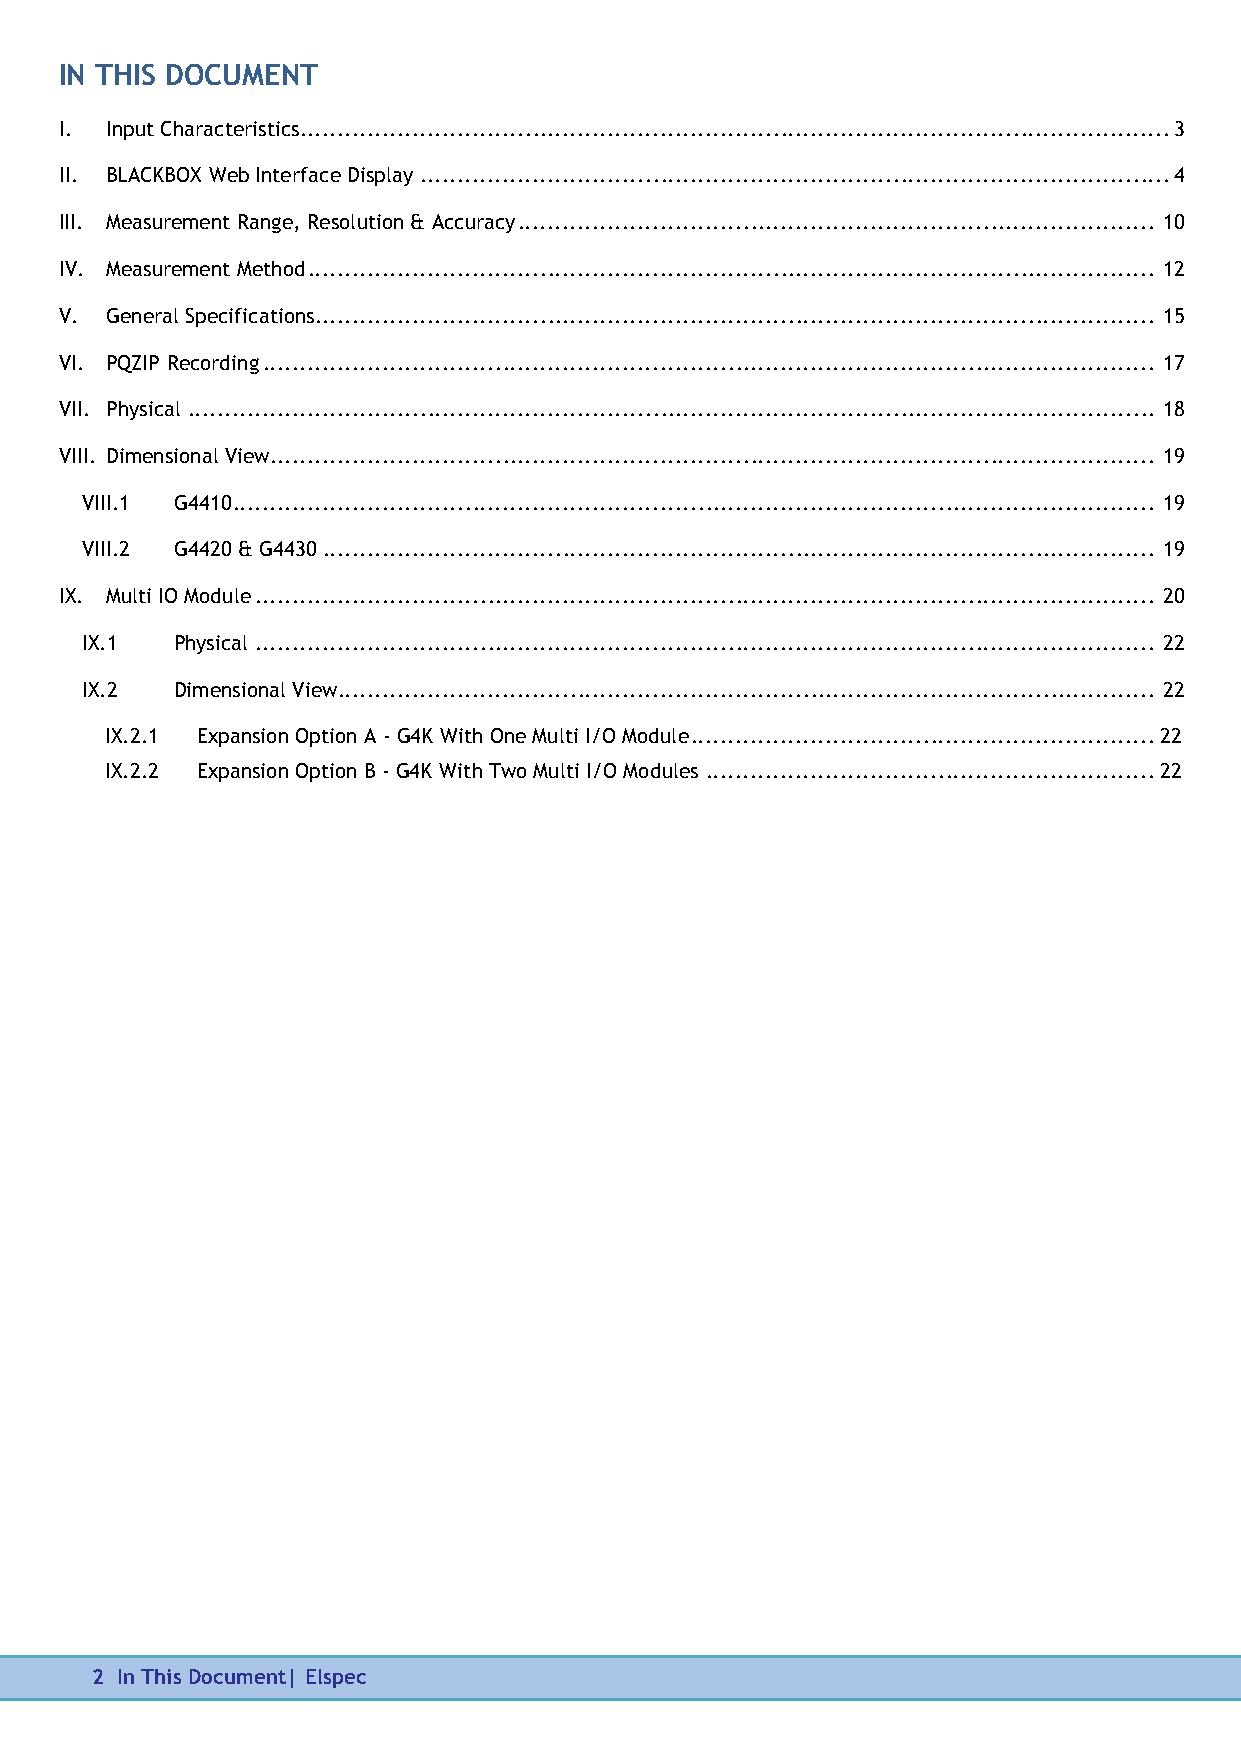
IN THIS DOCUMENT
 I. Input Characteristics.................................................................................................................... 3
 II. BLACKBOX Web Interface Display .................................................................................................... 4
 III. Measurement Range, Resolution & Accuracy ..................................................................................... 10
 IV. Measurement Method ................................................................................................................. 12
 V. General Specifications................................................................................................................ 15
 VI. PQZIP Recording ....................................................................................................................... 17
 VII. Physical ................................................................................................................................. 18
 VIII. Dimensional View...................................................................................................................... 19
 VIII.1 G4410 ........................................................................................................................... 19
 VIII.2 G4420 & G4430 ............................................................................................................... 19
 IX. Multi IO Module ........................................................................................................................ 20
 IX.1  Physical ........................................................................................................................ 22
 IX.2  Dimensional View............................................................................................................. 22
 IX.2.1 Expansion Option A - G4K With One Multi I/O Module .............................................................. 22
 IX.2.2 Expansion Option B - G4K With Two Multi I/O Modules ............................................................ 22
 2     2 In This Document| Elspec